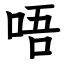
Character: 唔